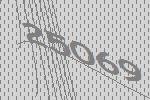
25069